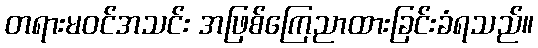
တရားမဝင်အသင်း အဖြစ်ကြေညာထားခြင်းခံရသည်။